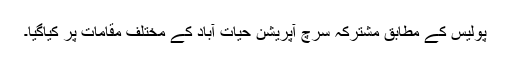
پولیس کے مطابق مشترکہ سرچ آپریشن حیات آباد کے مختلف مقامات پر کیاگیا۔